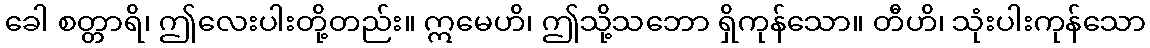
ခေါ စတ္တာရိ၊ ဤလေးပါးတို့တည်း။ ဣမေဟိ၊ ဤသို့သဘော ရှိကုန်သော။ တီဟိ၊ သုံးပါးကုန်သော